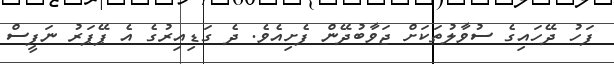
ފަހު ދޭހައިގެ ސުވާލުތަކަށް ޖަވާބުދޭން ފެށިއެވެ. ދެ ގަޑިއިރުގެ އެ ޕޭޕަރު ނަފީސް